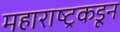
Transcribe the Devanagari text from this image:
महाराष्ट्रकडून